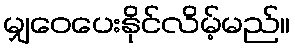
မျှဝေပေးနိုင်လိမ့်မည်။